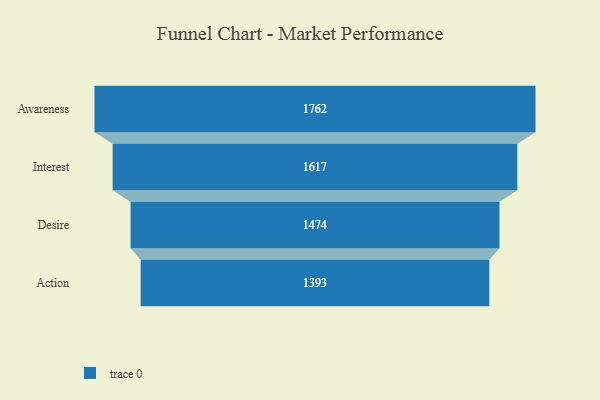
{"axis": {"x": "Stage", "y": "Value"}, "legend": [""], "data": [{"x": "Awareness", "y": 1762.0, "type": ""}, {"x": "Interest", "y": 1617.0, "type": ""}, {"x": "Desire", "y": 1474.0, "type": ""}, {"x": "Action", "y": 1393.0, "type": ""}]}